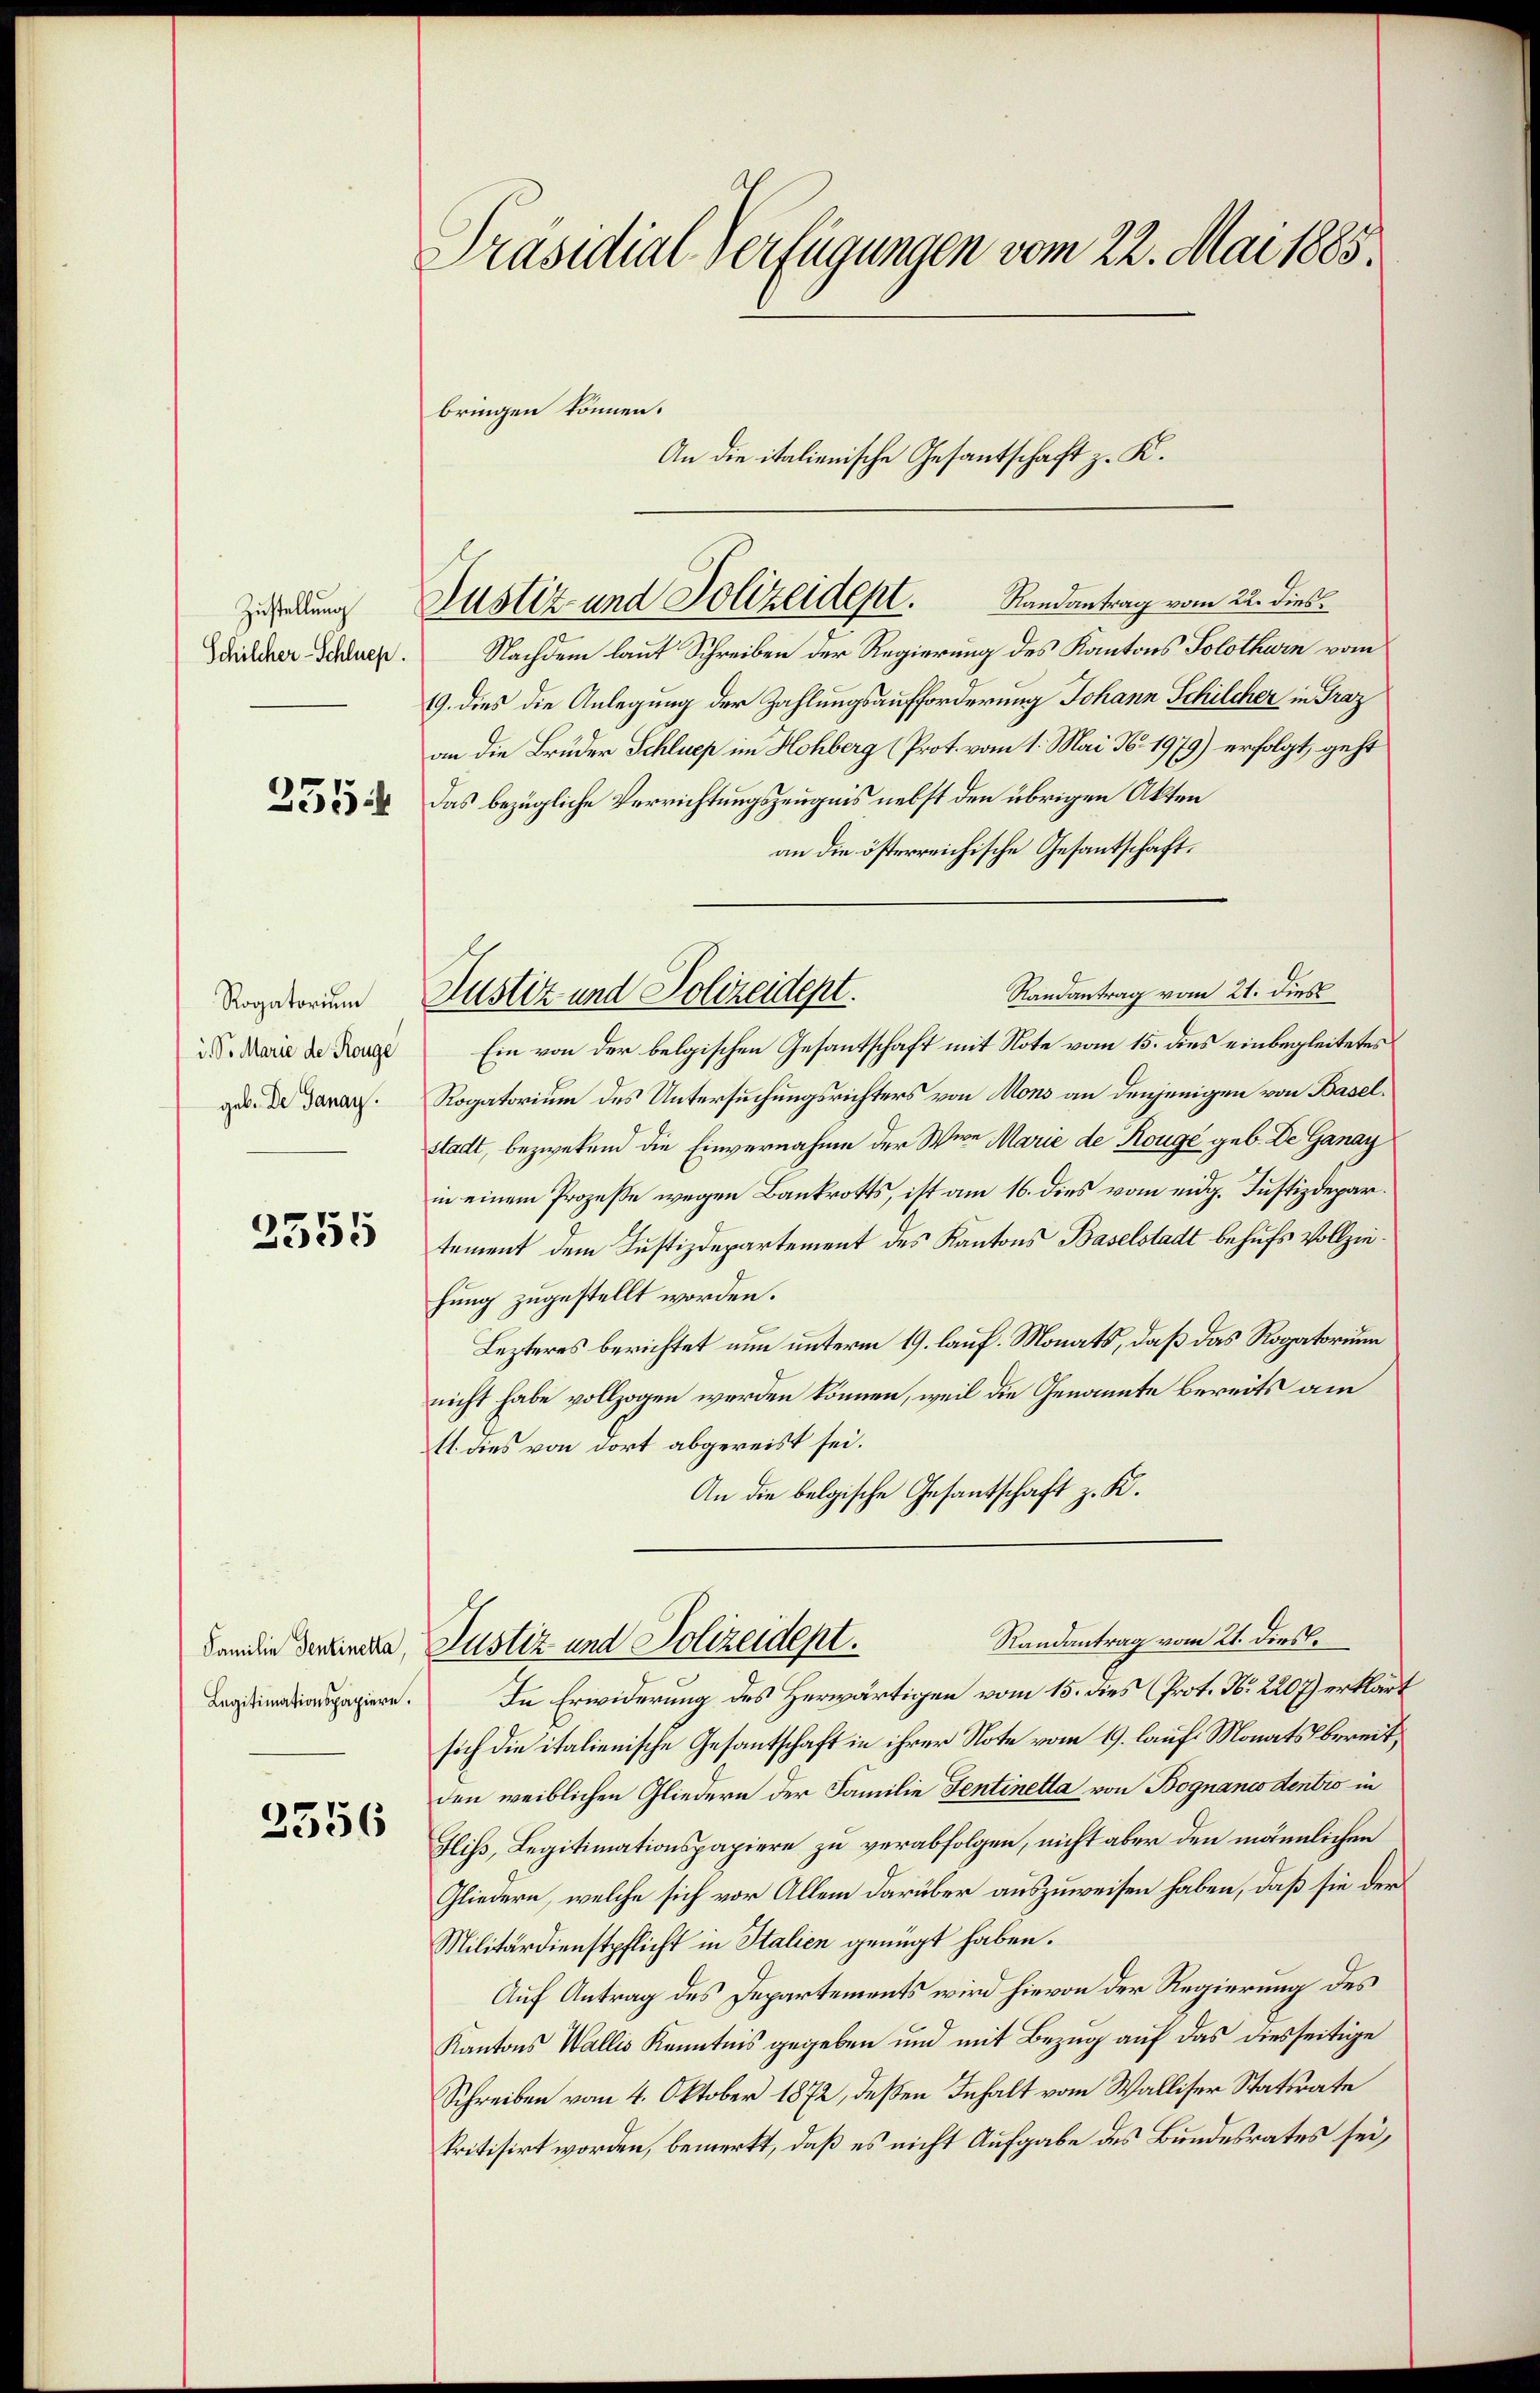
Zustellung
Schilcher-Schluep

251

Rogatorium
d. So Marie de Rouge
geb. De Janay.

2555

Familie Sentinetta,
Legitimationspapiere.

2556

Präsidial-Verfügungen vom 22. Mai 1885.

bringen können.
Nachdem laut Schreiben der Regierung des Kantons Solothurn vom
19. dies die Anlegung der Zahlungsaufforderung Johann Schilcher in Fraz
an die Brüder Schluep im Hohberg (Prot. vom 1. Mai N. 1979) erfolgt, geht
Das bezügliche Verrichtungszeugnis nebst den übrigen Akten
an die österreichische Gesantschaft.
Randantrag vom 21. dies
Ein von der belgischen Gesantschaft mit Note vom 15. dies einbegleitetes
Rogatorium des Untersuchungsrichters von Mons an denjenigen von Baselstadt, bezwekend die Einvernahme der Wien Marie de Rouge geb. De Ganay
in einem Prozesse wegen Bankrotts, ist am 16. dies vom eidg. Justizdepartement dem Justizdepartement des Kantons Baselstadt behufs Vollziehung zugestellt worden.
Lezteres berichtet nun unterm 19. lauf. Monats, daß das Rogatorium
nicht habe vollzogen werden können, weil die Genannte bereits am
11. dies von dort abgereist sei.
An die belgische Gesantschaft z. K.
Randantrag vom 21. diese
Justiz- und Polizeidept.
In Erwiderung des Herwärtigen vom 15. dies (Prot. N. 2207) erklärt
sich die italienische Gesantschaft in ihrer Note vom 19. lauf Monats bereit,
den weiblichen Gliedern der Familie Tentinetta von Bognanco dentio in
Gliß, Legitimationspapiere zu verabfolgen, nicht aber den männlichen
Gliedern, welche sich vor Allem darüber auszuweisen haben, daß sie der
Militärdienstpflicht in Italien genügt haben.
Auf Antrag des Departements wird hievon der Regierung des
Kantons Wallis Kenntnis gegeben und mit Bezug auf das diesseitige
Schreiben vom 4. Oktober 1872, deßen Inhalt vom Walliser Statsrate
kritisirt worden, bemerkt, daß es nicht Aufgabe des Bundesrates sei,

Justiz und Polizeidept. Randantrag vom 22. dies

Justiz und Polizeidept.

An die italienische Gesantschaft z. K.